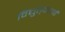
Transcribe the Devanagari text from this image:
विद्युत्‌कणों